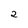
Character: 2